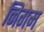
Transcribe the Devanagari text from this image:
निगम